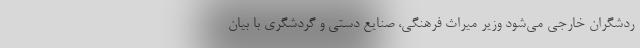
ردشگران خارجی می‌شود وزیر میراث فرهنگی، صنایع دستی و گردشگری با بیان